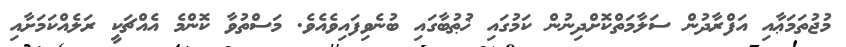
މުޖުތަމަޢާއި އަފްރާދުން ސަލާމަތްކޮށްދިނުން ކަމުގައި ޚުޠުބާގައި ބުނެވިފައިވެެއެވެ. މަސްތުވާ ކޮންމެ އެއްޗަކީ ރަލެއްކަމަށާއި